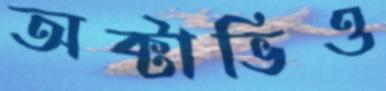
অক্টাভিও